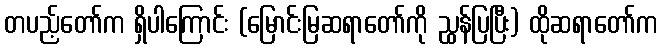
တပည့်တော်က ရှိပါကြောင်း (မြောင်းမြဆရာတော်ကို ညွှန်ပြပြီး) ထိုဆရာတော်က